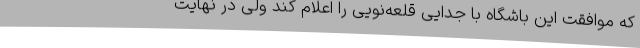
که موافقت این باشگاه با جدایی قلعه‌نویی را اعلام کند ولی در نهایت